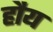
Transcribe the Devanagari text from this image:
हौय